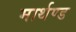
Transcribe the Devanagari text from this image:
मार्थण्ड